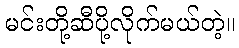
မင်းတို့ဆီပို့လိုက်မယ်တဲ့။